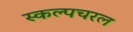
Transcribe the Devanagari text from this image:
स्‍कल्‍पचरल